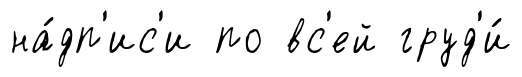
на́дп'ис'и по вс'ей груд'и́